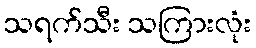
သရက်သီး သကြားလုံး